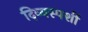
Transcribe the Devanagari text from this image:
दिव्यस्पर्शी